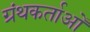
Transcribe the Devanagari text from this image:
ग्रंथकर्ताओं